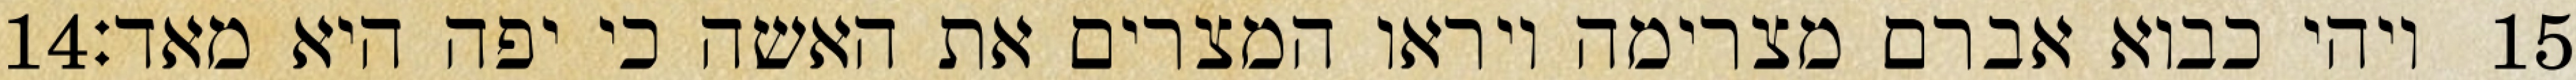
‎14‏ ויהי כבוא אברם מצרימה ויראו המצרים את האשה כי יפה היא מאד׃ ‎15‏